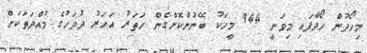
މިހޯދުން ހޯދާފައި މިވަނީ 944 މީހަކު ބޭނުންކޮށްގެން ހަތަރު އަހަރު ދުވަހުގެ މުއްދަތަކަށް